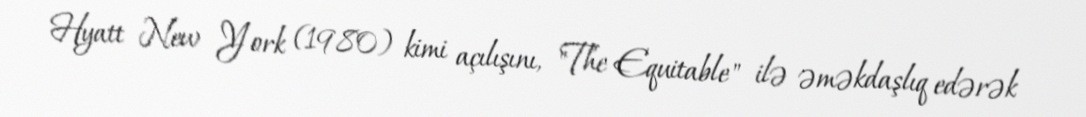
Hyatt New York (1980) kimi açılışını, "The Equitable" ilə əməkdaşlıq edərək